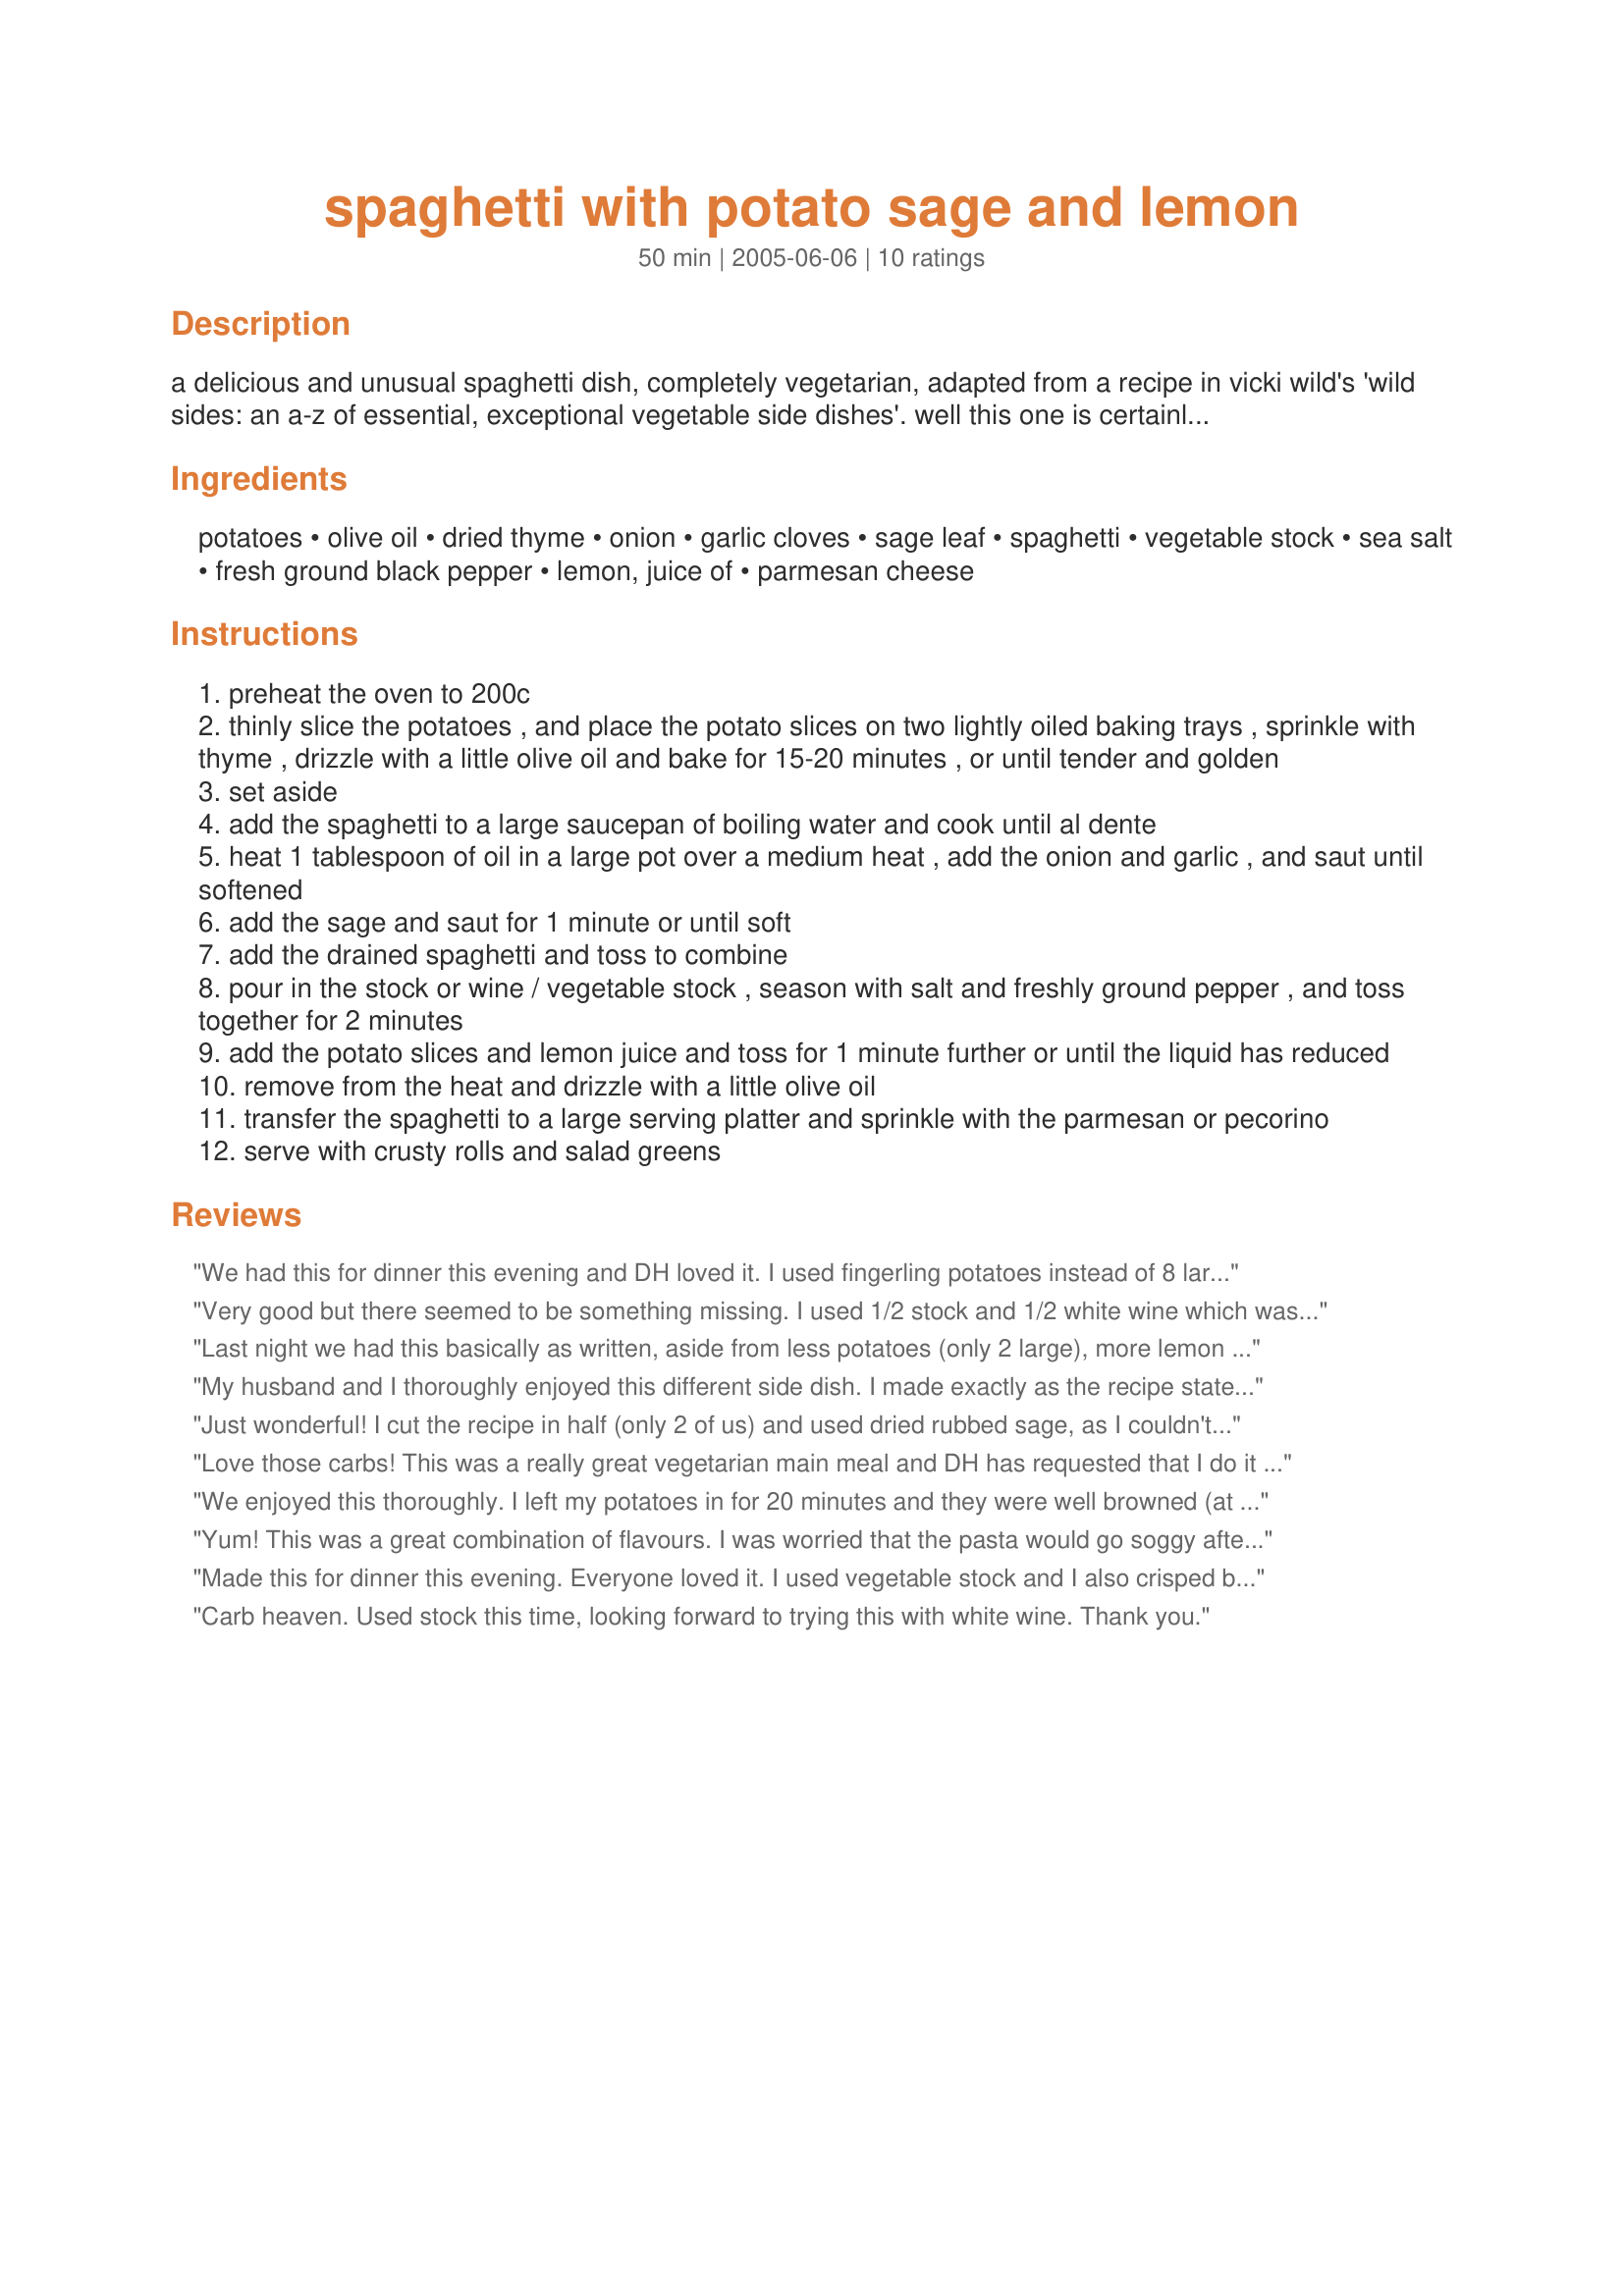
spaghetti with potato sage and lemon
Preparation time: 50 minutes

a delicious and unusual spaghetti dish, completely vegetarian, adapted from a recipe in vicki wild's 'wild sides: an a-z of essential, exceptional vegetable side dishes'. well this one is certainly exceptional - there was nothing even remotely like it already posted - but to me this is clearly a main course dish rather than a side dish. depending on taste preferences, you may like to substitute some of the stock for wine. when i now make this, i use recipe #135453 for the stock.

Ingredients:
potatoes, olive oil, dried thyme, onion, garlic cloves, sage leaf, spaghetti, vegetable stock, sea salt, fresh ground black pepper, lemon, juice of, parmesan cheese

Steps:
preheat the oven to 200c
thinly slice the potatoes , and place the potato slices on two lightly oiled baking trays , sprinkle with thyme , drizzle with a little olive oil and bake for 15-20 minutes , or until tender and golden
set aside
add the spaghetti to a large saucepan of boiling water and cook until al dente
heat 1 tablespoon of oil in a large pot over a medium heat , add the onion and garlic , and saut until softened
add the sage and saut for 1 minute or until soft
add the drained spaghetti and toss to combine
pour in the stock or wine / vegetable stock , season with salt and freshly ground pepper , and toss together for 2 minutes
add the potato slices and lemon juice and toss for 1 minute further or until the liquid has reduced
remove from the heat and drizzle with a little olive oil
transfer the spaghetti to a large serving platter and sprinkle with the parmesan or pecorino
serve with crusty rolls and salad greens

Reviews:
We had this for dinner this evening and DH loved it. I used fingerling potatoes instead of 8 large as that is what I had on hand. Cant wait to try it tom for lunch with some left over grilled shrimp. Even two out of the 3 kids ( all under 6) really enjoyed this dish. Don'ts skrimp on the good cheese as it really makes this dish to use the really good stuff. Made for PRMR Jan 2009
Very good but there seemed to be something missing. I used 1/2 stock and 1/2 white wine which was a good idea. Everything else I did pretty much as stated except I added some garlic to the potatoes while baking. DH suggested that next time I add some pancetta or bacon and I thought maybe some arugula tossed in at the last moment would be great. Together they may be be exactly what this needs to bring it up to 5 stars. Thanks for posting this, I look forward to playing with it a little.
Last night we had this basically as written, aside from less potatoes (only 2 large), more lemon and fresh thyme, and it was 4 stars. Had the leftovers today for lunch with the addition of a little bacon bits and truffle oil, and that definitely brought it up to 5 stars. This makes for a beautiful presentation and a deliciously different meal!
My husband and I thoroughly enjoyed this different side dish. I made exactly as the recipe stated, substituting half the vegetable broth with red wine. I was not sure if the sage should be left whole or what, so I cut it slightly into large pieces. I also cut the recipe in half, quite successfully, as there are only two of us. Thanks for a great taste experience!
Just wonderful! I cut the recipe in half (only 2 of us) and used dried rubbed sage, as I couldn't get my hands on the fresh. I can imagine this being even better with fresh sage. :)
Love those carbs! This was a really great vegetarian main meal and DH has requested that I do it again asap! I used veggie fettucine as that's what I had on hand, and doubled the garlic as I normally do. I didn't measure the thyme, just sprinkled over the potatoes. I used 1/2 red wine, 1/2 veggie stock for the liquid and used a little more lemon juice than called for. This is really delicious, thank you so much for posting!
We enjoyed this thoroughly. I left my potatoes in for 20 minutes and they were well browned (at a 400 Fahrenheit equivalent of 200 Centigrade). I also used half stock and half wine, but used white not red. Like MarieAlice, I topped with shaved parmesan. I thought the outcome was a bit dry, even though I quartered the recipe (this seemed like 8 generous servings to me and there are only two of us) but used 1/3 (or 1/2 cup) of the wine and stock. It was delicious otherwise though; I particularly liked the sage and lemon combination. Thank you.
Yum! This was a great combination of flavours. I was worried that the pasta would go soggy after cooking it in the stock, so I had it very al dente when it went in and in the end it was perfect. The only problem I had was that the potatoes still weren't golden after 30 minutes, but they went in anyway. I'll make this again. Thanks Bluemoon!
Made this for dinner this evening. Everyone loved it. I used vegetable stock and I also crisped breash breadcrumbs which I sprinkled on the top. I think this adds a lot to the dish. Thanks for a really interesting recipe.
Carb heaven. Used stock this time, looking forward to trying this with white wine. Thank you.
